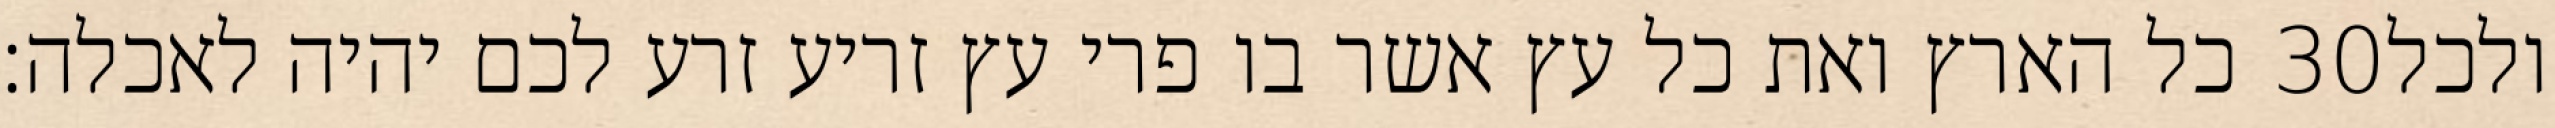
כל הארץ ואת כל עץ אשר בו פרי עץ זריע זרע לכם יהיה לאכלה׃ ‎30‏ ולכל